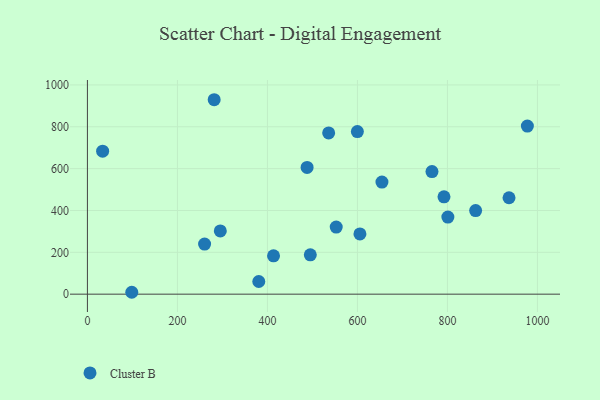
{"axis": {"x": "Investment", "y": "Sales"}, "legend": ["Cluster B"], "data": [{"x": "977.7", "y": 803.4, "type": "Cluster B"}, {"x": "536.1", "y": 770.5, "type": "Cluster B"}, {"x": "654.5", "y": 535.9, "type": "Cluster B"}, {"x": "33.8", "y": 683.2, "type": "Cluster B"}, {"x": "98.6", "y": 9.0, "type": "Cluster B"}, {"x": "936.9", "y": 460.8, "type": "Cluster B"}, {"x": "488.2", "y": 605.8, "type": "Cluster B"}, {"x": "260.4", "y": 239.2, "type": "Cluster B"}, {"x": "862.7", "y": 399.4, "type": "Cluster B"}, {"x": "792.4", "y": 465.1, "type": "Cluster B"}, {"x": "801.0", "y": 368.3, "type": "Cluster B"}, {"x": "605.6", "y": 288.1, "type": "Cluster B"}, {"x": "552.9", "y": 320.8, "type": "Cluster B"}, {"x": "295.3", "y": 302.2, "type": "Cluster B"}, {"x": "281.7", "y": 929.3, "type": "Cluster B"}, {"x": "765.7", "y": 585.8, "type": "Cluster B"}, {"x": "599.9", "y": 777.0, "type": "Cluster B"}, {"x": "380.8", "y": 60.5, "type": "Cluster B"}, {"x": "495.3", "y": 187.9, "type": "Cluster B"}, {"x": "413.6", "y": 183.2, "type": "Cluster B"}]}